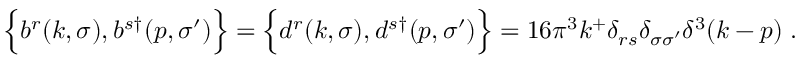
\Bigl \{ b ^ { r } ( k , \sigma ) , b ^ { s \dagger } ( p , \sigma ^ { \prime } ) \Bigr \} = \Bigl \{ d ^ { r } ( k , \sigma ) , d ^ { s \dagger } ( p , \sigma ^ { \prime } ) \Bigr \} = 1 6 \pi ^ { 3 } k ^ { + } \delta _ { r s } \delta _ { \sigma \sigma ^ { \prime } } \delta ^ { 3 } ( k - p ) \; .